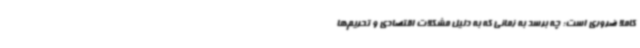
کاملا ضروری است؛ چه برسد به زمانی که به دلیل مشکلات اقتصادی و تحریم‌ها